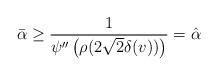
LaTeX: \begin{align*}\bar{\alpha}\geq \frac{1}{\psi^{\prime\prime}\left(\rho(2\sqrt{2}\delta(v))\right)}= \hat{\alpha}\end{align*}